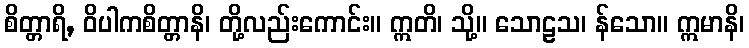
စိတ္တာရိ, ဝိပါကစိတ္တာနိ၊ တို့လည်းကောင်း။ ဣတိ၊ သို့။ သောဠသ၊ န်သော။ ဣမာနိ၊